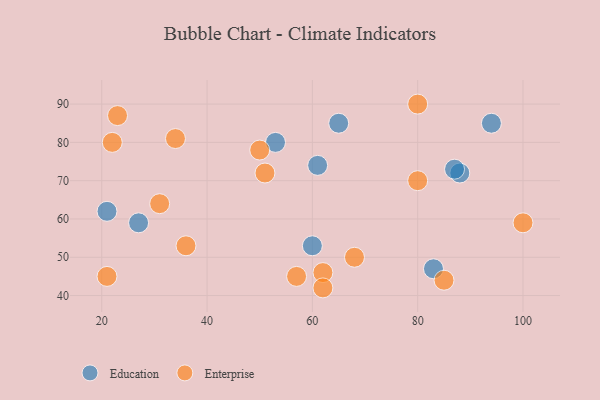
{"axis": {"x": "GDP", "y": "Life Expectancy"}, "legend": ["Education", "Enterprise"], "data": [{"x": "88", "y": 72, "type": "Education"}, {"x": "21", "y": 62, "type": "Education"}, {"x": "83", "y": 47, "type": "Education"}, {"x": "65", "y": 85, "type": "Education"}, {"x": "53", "y": 80, "type": "Education"}, {"x": "60", "y": 53, "type": "Education"}, {"x": "87", "y": 73, "type": "Education"}, {"x": "94", "y": 85, "type": "Education"}, {"x": "61", "y": 74, "type": "Education"}, {"x": "27", "y": 59, "type": "Education"}, {"x": "62", "y": 46, "type": "Enterprise"}, {"x": "50", "y": 78, "type": "Enterprise"}, {"x": "31", "y": 64, "type": "Enterprise"}, {"x": "100", "y": 59, "type": "Enterprise"}, {"x": "62", "y": 42, "type": "Enterprise"}, {"x": "23", "y": 87, "type": "Enterprise"}, {"x": "57", "y": 45, "type": "Enterprise"}, {"x": "68", "y": 50, "type": "Enterprise"}, {"x": "22", "y": 80, "type": "Enterprise"}, {"x": "85", "y": 44, "type": "Enterprise"}, {"x": "80", "y": 70, "type": "Enterprise"}, {"x": "80", "y": 90, "type": "Enterprise"}, {"x": "51", "y": 72, "type": "Enterprise"}, {"x": "34", "y": 81, "type": "Enterprise"}, {"x": "36", "y": 53, "type": "Enterprise"}, {"x": "21", "y": 45, "type": "Enterprise"}]}